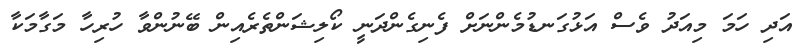
އަދި ހަމަ މިއަދު ވެސް އަޅުގަނޑުމެންނަށް ފެނިގެންދަނީ ކޯލިޝަންތެރެއިން ބޭނުންވާ ހުރިހާ މަގާމަކާ